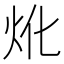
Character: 𤆷